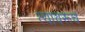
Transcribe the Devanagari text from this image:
त्यावरूच